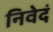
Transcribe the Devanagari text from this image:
निवेदं